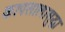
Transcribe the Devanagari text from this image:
कापसालासुद्धा